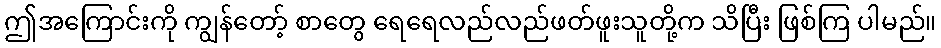
ဤအကြောင်းကို ကျွန်တော့် စာတွေ ရေရေလည်လည်ဖတ်ဖူးသူတို့က သိပြီး ဖြစ်ကြ ပါမည်။